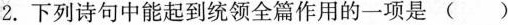
2.下列诗句中能起到统领全篇作用的一项是（）